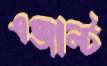
এজাল্ট